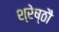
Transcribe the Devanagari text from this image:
श्रेष्ठौ